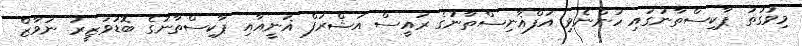
މިވަގުތު ޕާކިސްތާނުގައި ހުންނެވި އަފްޣާނިސްތާނުގެ ރައީސް އަޝްރަފް ޣަނީއާއި ޕާކިސްތާނުގެ ބޮޑުވަޒީރު ނަވާޒް